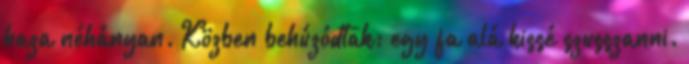
haza néhányan. Közben behúzódtak; egy fa alá kissé szusszanni.